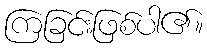
ကြခြင်းဖြစ်ပါ၏။